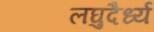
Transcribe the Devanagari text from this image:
लघुदैर्ध्य